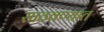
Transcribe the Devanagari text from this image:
साठवण्यात